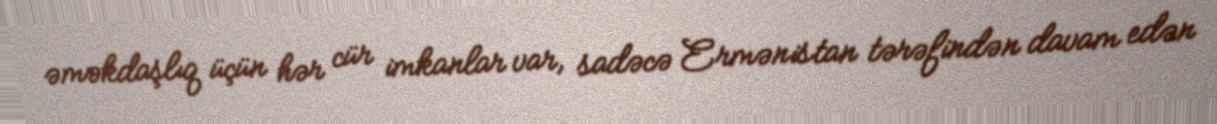
əməkdaşlıq üçün hər cür imkanlar var, sadəcə Ermənistan tərəfindən davam edən